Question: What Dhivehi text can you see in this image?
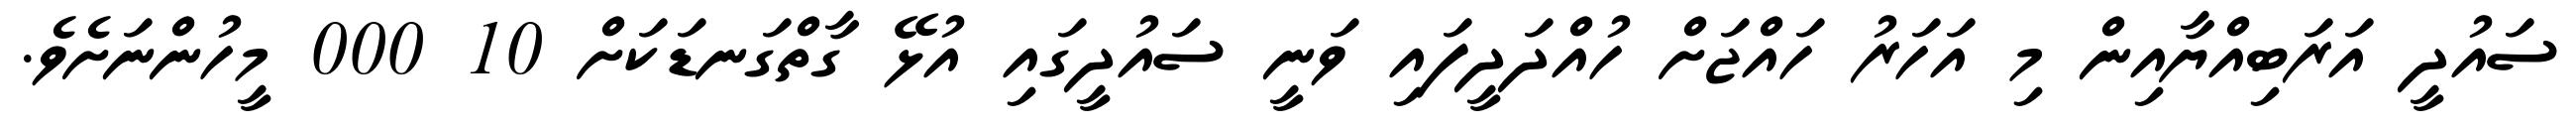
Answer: ސައުދީ އަރަބިއްޔާއިން މި އަހަރު ހައްޖަށް ހުއްދަދީފައި ވަނީ ސައުދީގައި އުޅޭ ގާތްގަނޑަކަށް 10 000 މީހުންނަށެވެ.